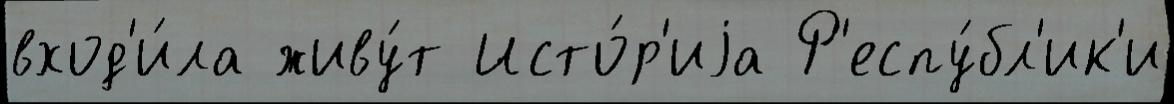
вход'и́ла живу́т Исто́р'иjа Р'еспу́бл'ик'и